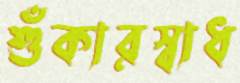
শুঁকারস্বাধ